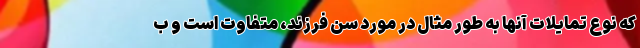
که نوع تمایلات آنها به ‌طور مثال در مورد سن فرزند، متفاوت است و ب